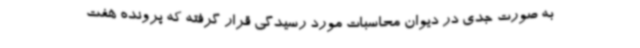
به صورت جدی در دیوان محاسبات مورد رسیدگی قرار گرفته که پرونده هفت